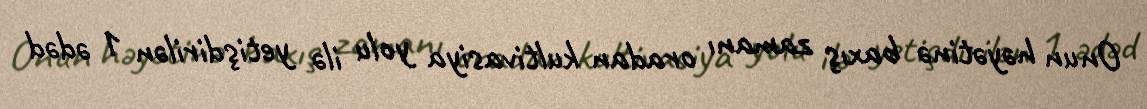
Onun həyətinə baxış zamanı oradan kultivasiya yolu ilə yetişdirilən 1 ədəd